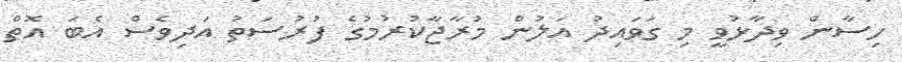
ހިސާން ވިދާޅުވީ މި ގަވައިދު އަލުން މުރާޖާކުރުމުގެ ފުރުސަތު އަދިވެސް އެބަ އޮތް